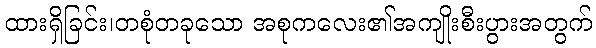
ထားရှိခြင်း၊တစုံတခုသော အစုကလေး၏အကျိုးစီးပွားအတွက်